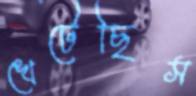
খেটেছিস